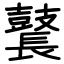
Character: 鼚